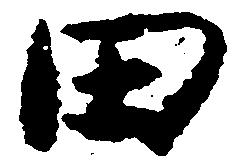
田